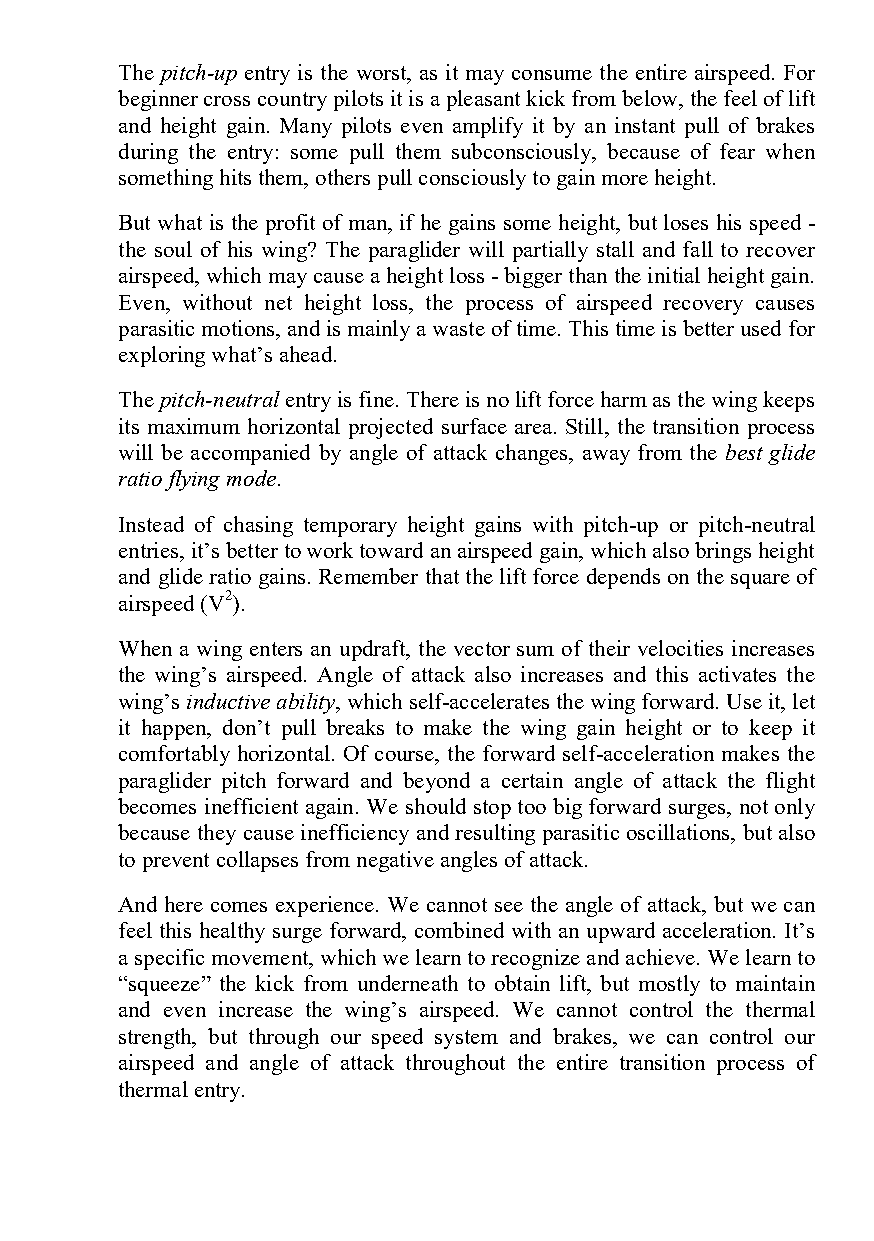
The pitch-up entry is the worst, as it may consume the entire airspeed. For
 beginner cross country pilots it is a pleasant kick from below, the feel of lift
 and height gain. Many pilots even amplify it by an instant pull of brakes
 during the entry: some pull them subconsciously, because of fear when
 something hits them, others pull consciously to gain more height.
 But what is the profit of man, if he gains some height, but loses his speed -
 the soul of his wing? The paraglider will partially stall and fall to recover
 airspeed, which may cause a height loss - bigger than the initial height gain.
 Even, without net height loss, the process of airspeed recovery causes
 parasitic motions, and is mainly a waste of time. This time is better used for
 exploring what’s ahead.
 The pitch-neutral entry is fine. There is no lift force harm as the wing keeps
 its maximum horizontal projected surface area. Still, the transition process
 will be accompanied by angle of attack changes, away from the best glide
 ratio flying mode.
 Instead of chasing temporary height gains with pitch-up or pitch-neutral
 entries, it’s better to work toward an airspeed gain, which also brings height
 and glide ratio gains. Remember that the lift force depends on the square of
 airspeed (V2).
 When a wing enters an updraft, the vector sum of their velocities increases
 the wing’s airspeed. Angle of attack also increases and this activates the
 wing’s inductive ability, which self-accelerates the wing forward. Use it, let
 it happen, don’t pull breaks to make the wing gain height or to keep it
 comfortably horizontal. Of course, the forward self-acceleration makes the
 paraglider pitch forward and beyond a certain angle of attack the flight
 becomes inefficient again. We should stop too big forward surges, not only
 because they cause inefficiency and resulting parasitic oscillations, but also
 to prevent collapses from negative angles of attack.
 And here comes experience. We cannot see the angle of attack, but we can
 feel this healthy surge forward, combined with an upward acceleration. It’s
 a specific movement, which we learn to recognize and achieve. We learn to
 “squeeze” the kick from underneath to obtain lift, but mostly to maintain
 and even increase the wing’s airspeed. We cannot control the thermal
 strength, but through our speed system and brakes, we can control our
 airspeed and angle of attack throughout the entire transition process of
 thermal entry.